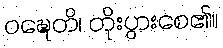
ဝဍ္ဎေတိ၊ တိုးပွားစေ၏။